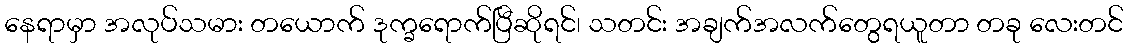
နေရာမှာ အလုပ်သမား တယောက် ဒုက္ခရောက်ပြီဆိုရင်၊ သတင်း အချက်အလက်တွေရယူတာ တခု လေးတင်